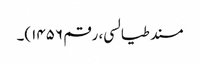
مسند طیالسی، رقم ۱۴۵۶)۔